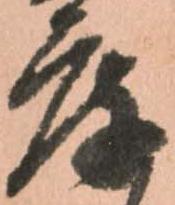
庫